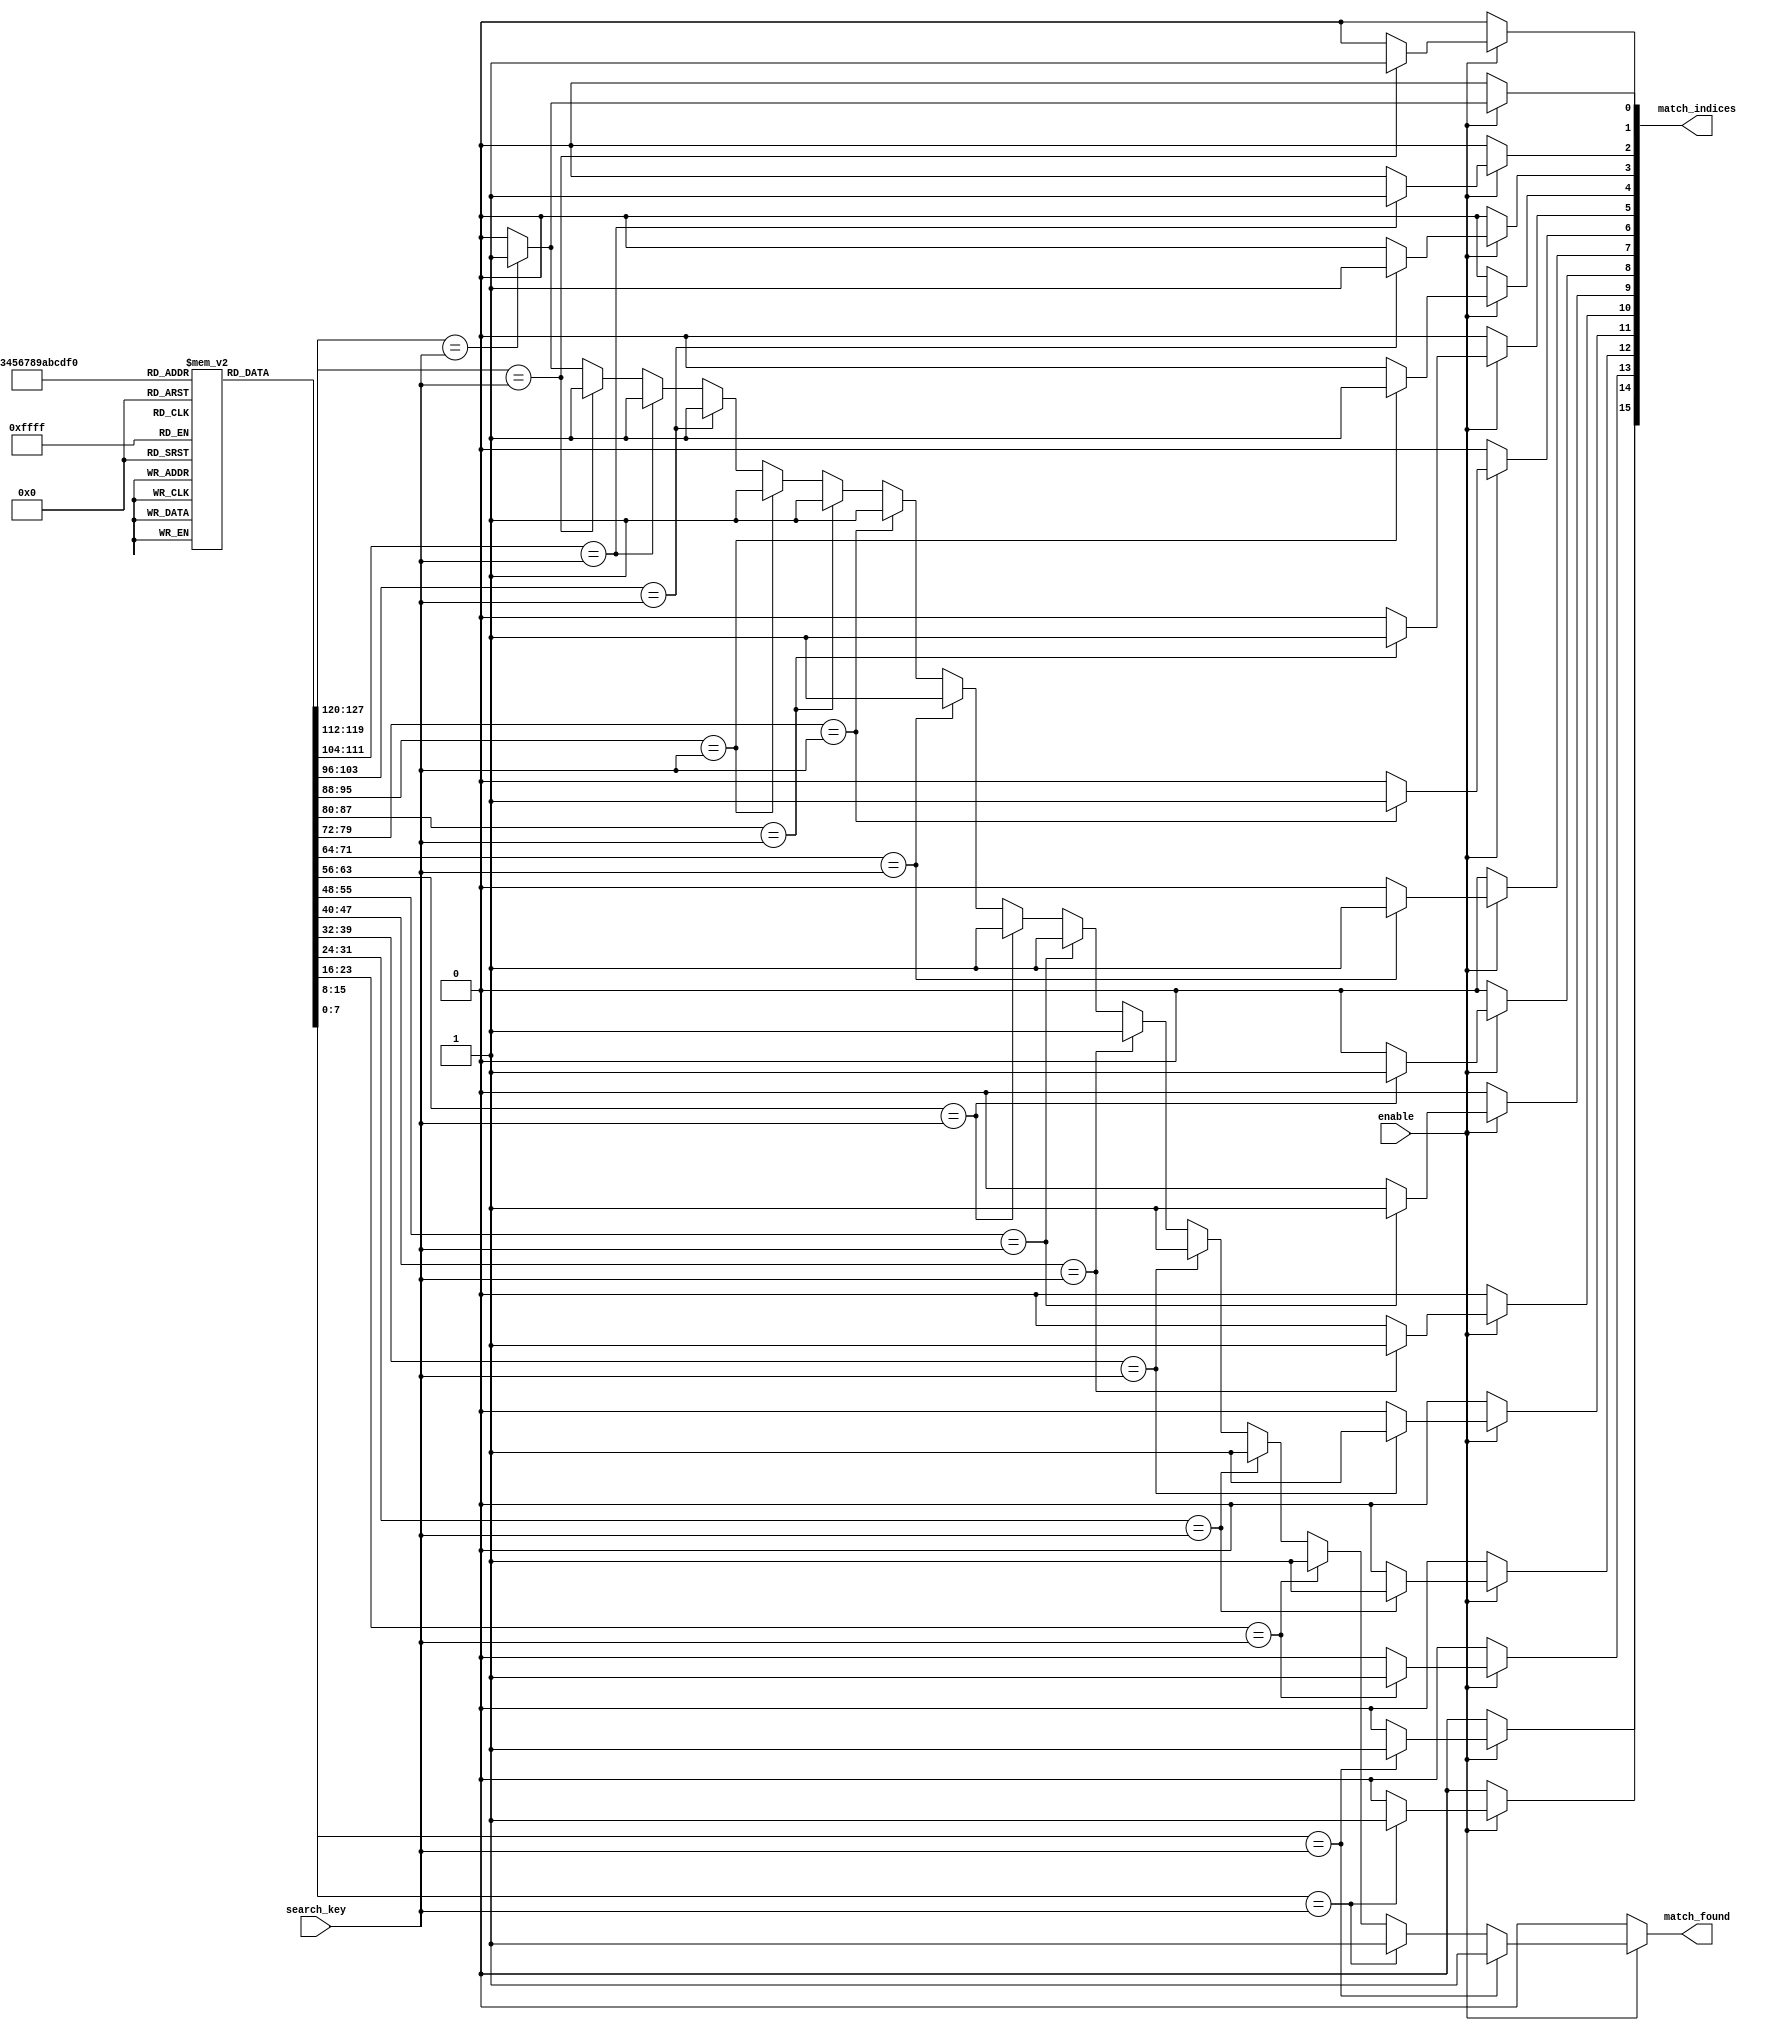
module MultiMatchCAM #(
    parameter DATA_WIDTH = 8,  // Width of each entry
    parameter NUM_ENTRIES = 16  // Number of entries in the CAM
)(
    input wire [DATA_WIDTH-1:0] search_key,  // Input search key
    input wire enable,                        // Enable signal for the CAM
    output reg [NUM_ENTRIES-1:0] match_indices, // Output match indices
    output reg match_found                    // Match found signal
);

    // Storage array to hold the CAM entries
    reg [DATA_WIDTH-1:0] cam_array [0:NUM_ENTRIES-1];

    // Internal signals for matching
    integer i;

    // Initialize the CAM entries (for simulation purposes)
    initial begin
        // Example initialization of CAM entries
        cam_array[0] = 8'hAA;
        cam_array[1] = 8'hBB;
        cam_array[2] = 8'hCC;
        cam_array[3] = 8'hDD;
        cam_array[4] = 8'hAA; // Duplicate entry for testing
        cam_array[5] = 8'hEE;
        cam_array[6] = 8'hFF;
        cam_array[7] = 8'h00;
        cam_array[8] = 8'h11;
        cam_array[9] = 8'h22;
        cam_array[10] = 8'h33;
        cam_array[11] = 8'h44;
        cam_array[12] = 8'h55;
        cam_array[13] = 8'h66;
        cam_array[14] = 8'h77;
        cam_array[15] = 8'h88;
    end

    // Asynchronous search logic
    always @* begin
        if (enable) begin
            match_indices = 0; // Clear match indices
            match_found = 0;   // Clear match found signal
            
            // Compare search_key with each entry in the CAM
            for (i = 0; i < NUM_ENTRIES; i = i + 1) begin
                if (cam_array[i] == search_key) begin
                    match_indices[i] = 1'b1; // Set the index for matching entry
                    match_found = 1'b1;       // Set match found signal
                end
            end
        end else begin
            match_indices = 0; // Clear match indices when not enabled
            match_found = 0;   // Clear match found signal
        end
    end

endmodule